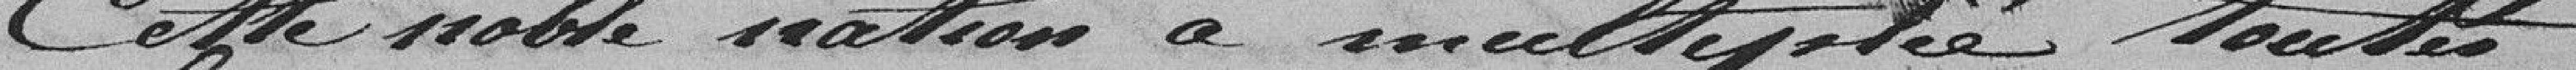
Cette noble relation a multiplié toutes